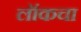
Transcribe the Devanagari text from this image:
लॉकचा